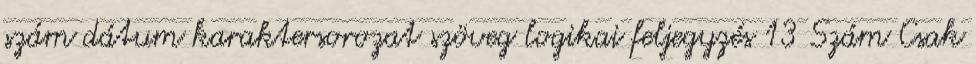
szám dátum karaktersorozat szöveg logikai feljegyzés 13 Szám Csak